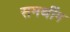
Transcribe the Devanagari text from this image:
समथींग